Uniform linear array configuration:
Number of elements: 12
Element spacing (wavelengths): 0.25
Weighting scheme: cosine
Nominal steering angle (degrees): -15
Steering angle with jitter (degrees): -15.404
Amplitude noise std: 0.05
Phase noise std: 0.05

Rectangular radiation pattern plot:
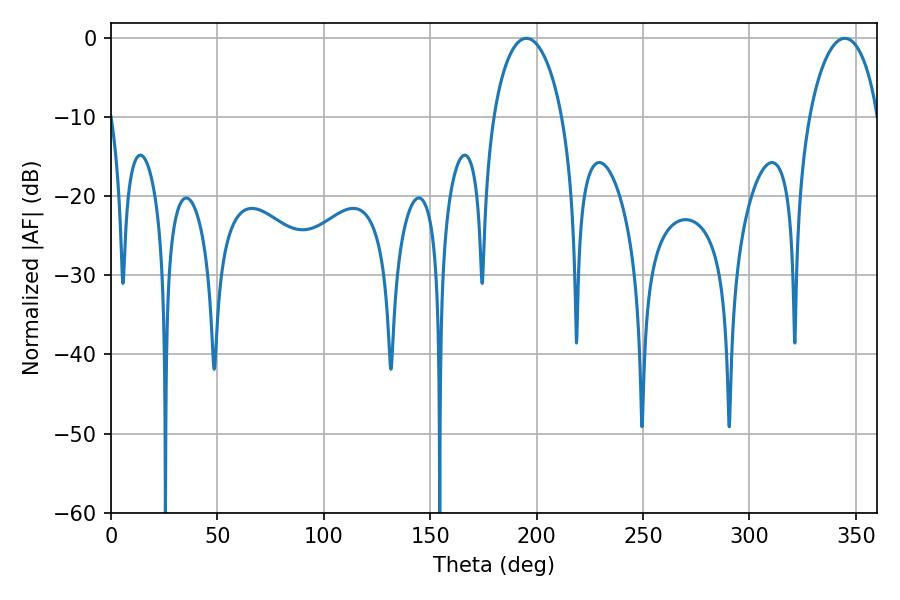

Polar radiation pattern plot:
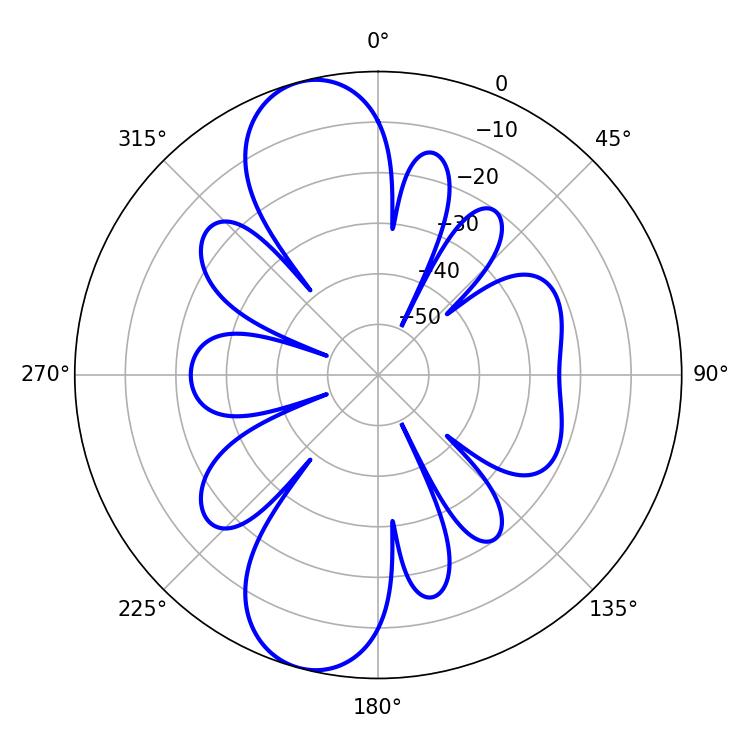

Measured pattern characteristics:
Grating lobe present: FALSE
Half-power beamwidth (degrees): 18.54
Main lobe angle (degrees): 195.12